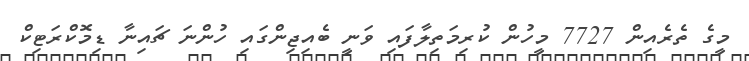
މީގެ ތެރެއިން 7727 މީހުން ކުރިމަތިލާފައި ވަނީ ބެއިޖިންގައި ހުންނަ ޗައިނާ ޑިމޮކްރަޓިކް